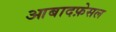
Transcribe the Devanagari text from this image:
आबादफ़ेसल